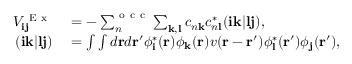
\begin{array} { r l } { V _ { \mathbf { i j } } ^ { \mathrm { ~ E ~ x ~ } } } & { { } = - \sum _ { n } ^ { \mathrm { ~ o ~ c ~ c ~ } } \sum _ { \mathbf { k , l } } c _ { n \mathbf { k } } c _ { n \mathbf { l } } ^ { * } ( \mathbf { i k } | \mathbf { l j } ) , } \\ { ( \mathbf { i k } | \mathbf { l j } ) } & { { } = \int \int d \mathbf { r } d \mathbf { r ^ { \prime } } \phi _ { \mathbf { i } } ^ { * } ( \mathbf { r } ) \phi _ { \mathbf { k } } ( \mathbf { r } ) v ( \mathbf { r } - \mathbf { r ^ { \prime } } ) \phi _ { \mathbf { l } } ^ { * } ( \mathbf { r ^ { \prime } } ) \phi _ { \mathbf { j } } ( \mathbf { r ^ { \prime } } ) , } \end{array}